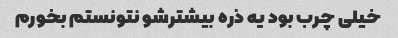
خیلی چرب بود یه ذره بیشترشو نتونستم بخورم